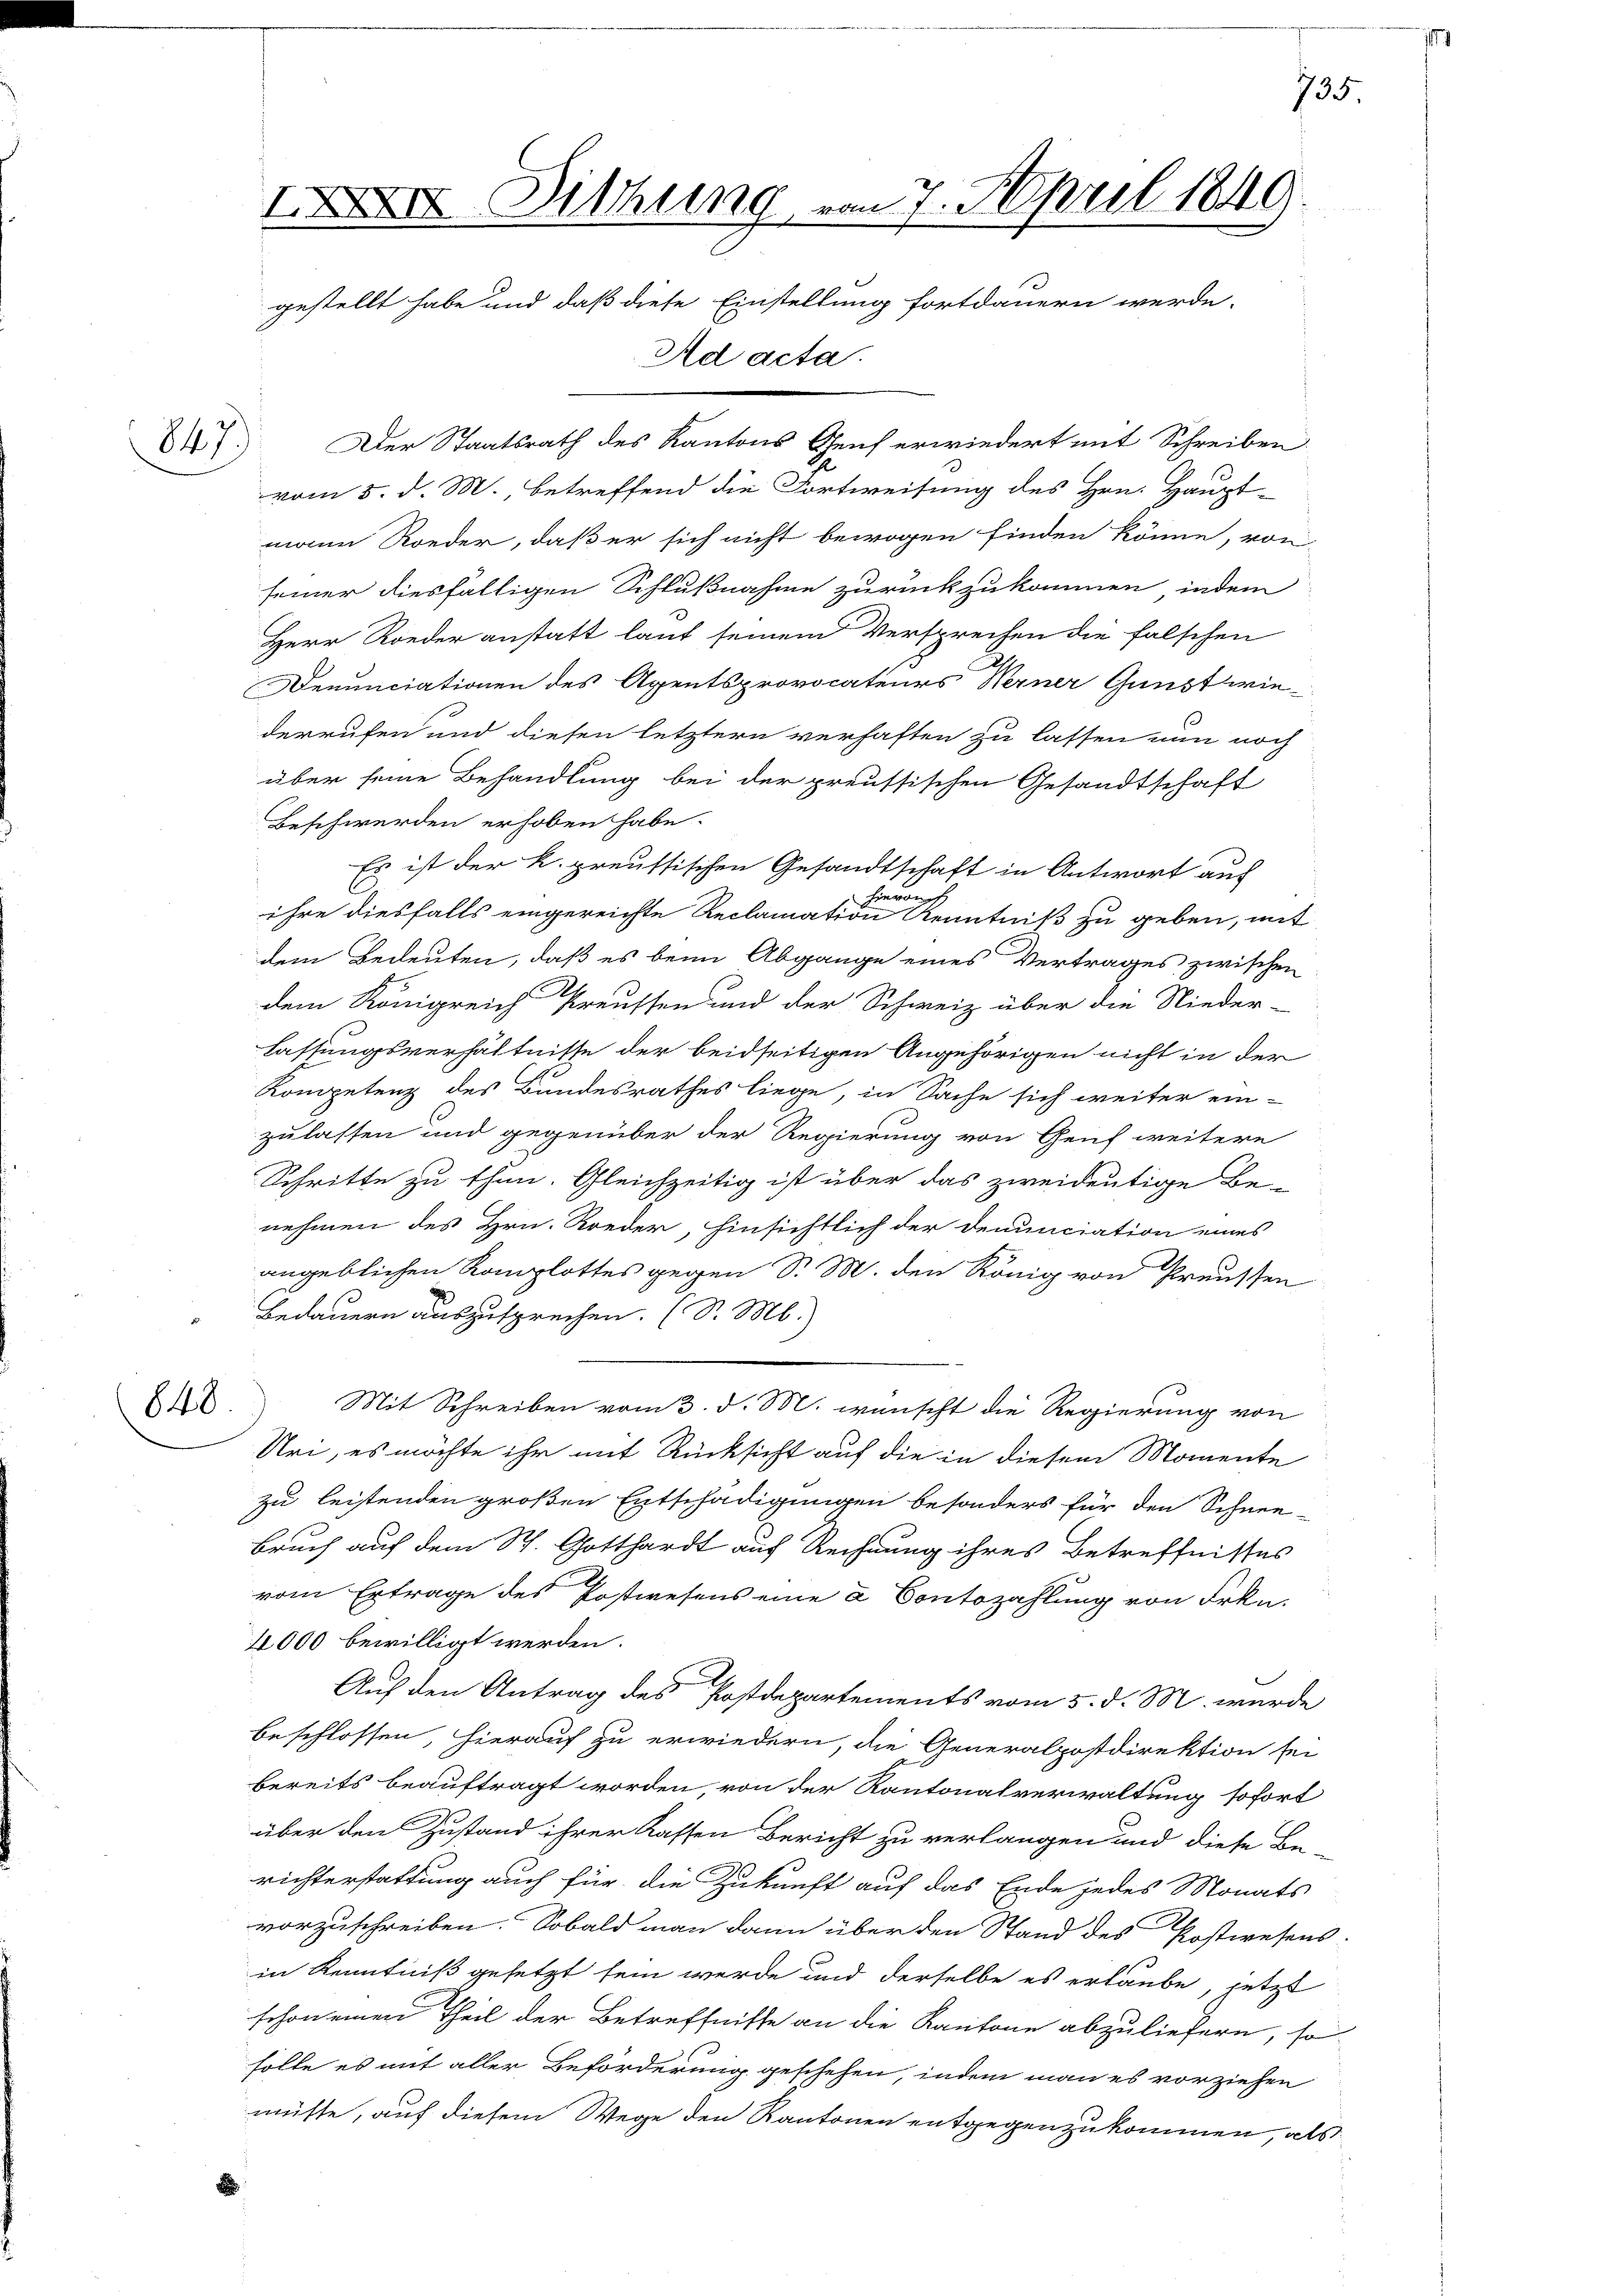
847)

848

II Dithung von 7. April 1849.
gestellt habe und daß diese Einstellung fortdauern werde.
Ad acta.

735

Der Staatsrath des Kantons Genf erwiedert mit Schreiben
vom 5. d. M., betreffend die Fortweisung des Hrn. Haupt-
mann Roeder, daß er sich nicht bewogen finden könne, von
seiner diesfälligen Schlußnahme zurückzukommen, indem
Herr Rieder anstatt laut seinem Versprechen die falschen
Denunciationen des Agentsprovocateurs Werner Gunst wie-
derrufen und diesen letztern verhaften zu lassen nun noch
über seine Behandlung bei der preussischen Gesandtschaft
Beschwerden erhoben habe.
Es ist der k. preussischen Gesandtschaft in Antwort auch
hieron,
ihre diesfalls eingereichte Reclamation Kenntniß zu geben, mit
dem Bedeuten, daß es beim Abgange eines Vertrages zwischen
dem Königreich Preussen und der Schweiz über die Nieder-
lassungsverhältnisse der beidseitigen Angehörigen nicht in der
Kompetenz des Bundesrathes liege, in Sache sich weiter ein-
zulassen und gegenüber der Regierung von Genf weitere
Schritte zu thun. Gleichzeitig ist über das zweideutige Be-
nehmen des Hrn. Rieder, hinsichtlich der Denunciation eines
angeblichen Komplottes gegen Sr. M. den König von Preussen
Bedauern auszusprechen. (S. M.)
Mit Schreiben vom 3. d. M. wünscht die Regierung von
Uri, es möchte ihr mit Rücksicht auf die in diesem Momente
zu leistenden großen Entschädigungen besonders für den Schnee¬
Bruch auf dem St. Gotthardt aus Rechnung ihres Betreffnisses
vom Ertrage des Postwesens eine a Contozahlung von Frkn.
4000 bewilligt werden.
Auf den Antrag des Postdepartements vom 5. d. M. wurde
beschlossen, hierauf zu erwiedern, die Generalpostdirektion sei
bereits beauftragt worden, von der Kantonalverwaltung sofort
über den Zustand ihrer Kassen Bericht zu verlangen und diese Be-
richterstattung auch für die Zukunft auf das Ende jedes Monats
vorzuschreiben. Sobald man dann über den Stand des Postwesens.
in Kenntniß gesetzt sein werde und derselbe es erlaube, jetzt
schon einen Theil der Betreffnisse an die Kantone abzuliefern, so
solle es mit aller Beförderung geschehen, indem man es vorziehen
müste, auf diesem Wege den Kantonen entgegenzukommen, als